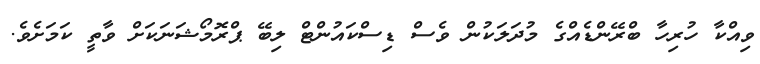
ވިއްކާ ހުރިހާ ބްރޭންޑެއްގެ މުދަލަކުން ވެސް ޑިސްކައުންޓް ލިބޭ ޕްރޮމޯޝަނަކަށް ވާތީ ކަމަށެވެ.